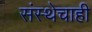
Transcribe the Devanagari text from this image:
संस्थेचाही